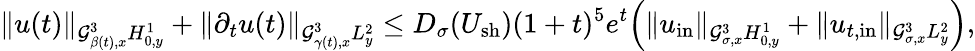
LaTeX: \| u(t)\| _{\mathcal{G}_{\beta(t),x}^{3}H_{0,y}^{1}}+\| \partial_{t}u(t)\| _{\mathcal{G}_{\gamma(t),x}^{3}L_{y}^{2}}\leq D_{\sigma}(U_{\mathrm{sh}})(1+t)^{5}e^{t}\Big(\| u_{\mathrm{in}}\| _{\mathcal{G}_{\sigma,x}^{3}H_{0,y}^{1}}+\| u_{t,\mathrm{in}}\| _{\mathcal{G}_{\sigma,x}^{3}L_{y}^{2}}\Big),